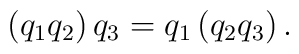
\left( q_1q_2\right) q_3=q_1\left( q_2q_3\right) .